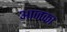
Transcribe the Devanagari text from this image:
आजका